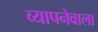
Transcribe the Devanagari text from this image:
व्यापनेवाला